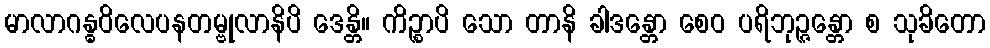
မာလာဂန္ဓဝိလေပနတမ္ဗုလာနိပိ ဒေန္တိ။ ကိဉ္စာပိ သော တာနိ ခါဒန္တော စေဝ ပရိဘုဉ္ဇန္တော စ သုခိတော